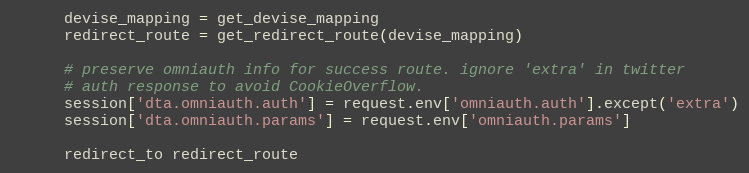
Language: Ruby
      devise_mapping = get_devise_mapping
      redirect_route = get_redirect_route(devise_mapping)

      # preserve omniauth info for success route. ignore 'extra' in twitter
      # auth response to avoid CookieOverflow.
      session['dta.omniauth.auth'] = request.env['omniauth.auth'].except('extra')
      session['dta.omniauth.params'] = request.env['omniauth.params']

      redirect_to redirect_route